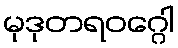
မုဒုတရဝဂ္ဂေါ